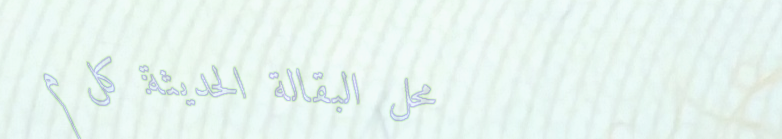
محل البقالة الحديثة: كل م